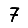
Digit: 7